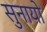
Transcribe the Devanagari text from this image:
सुनायो